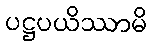
ပဋ္ဌပယိဿာမိ